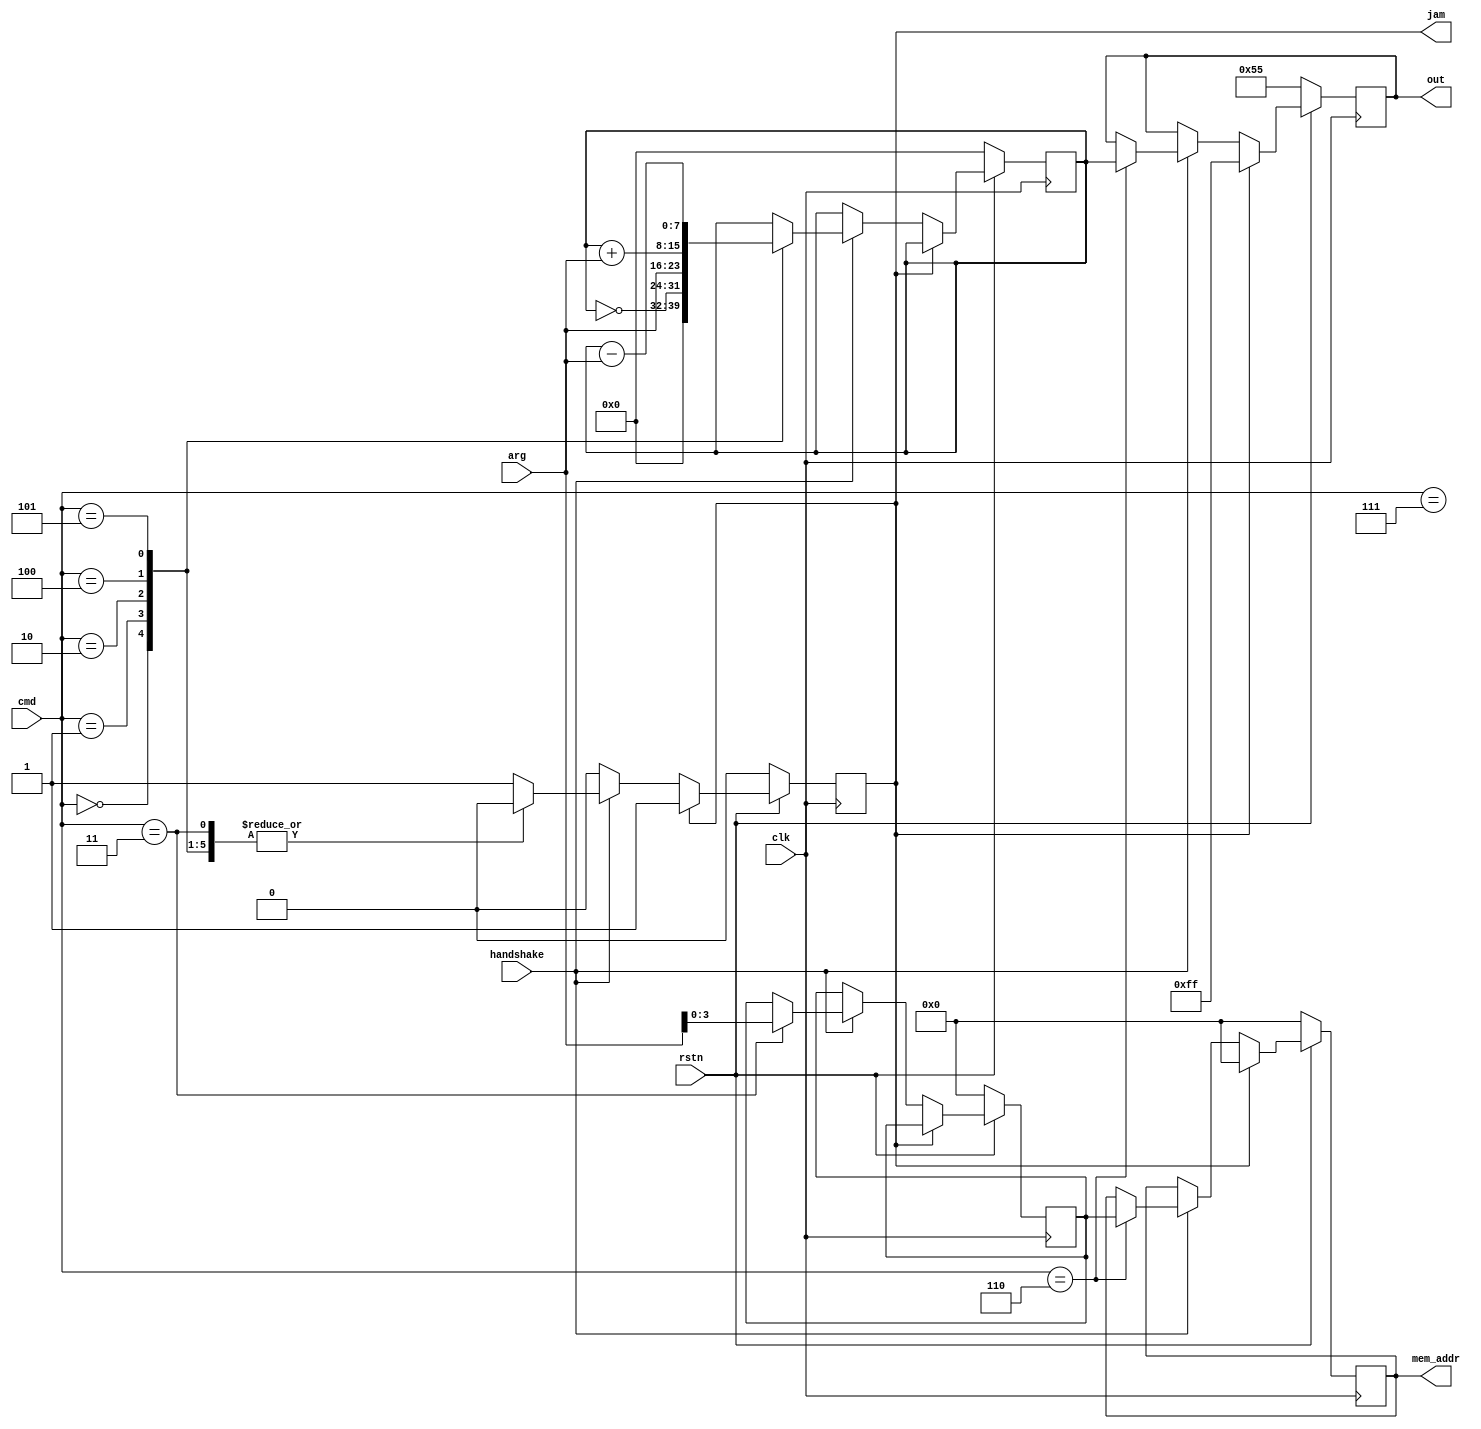

module supercomputer (
    input wire clk,
    input wire rstn,
    input wire handshake,
    input wire [7:0] cmd,
    input wire [7:0] arg,
    output reg [3:0] mem_addr,
    output reg [7:0] out,
    output reg jam
);

    reg [7:0] reg_A;
    reg [3:0] pointer;

always @ (posedge clk)
    if (!rstn) begin
        // resets CPU
        out <= 8'b01_01_01_01;
        mem_addr <= 0;
        reg_A <= 0;
        pointer <= 0;
        jam <= 0;
    end
    else if (jam) begin
        // blocks CPU
        out <= 8'b11_11_11_11;
        mem_addr <= 0;
    end else if (!handshake) begin
        /* NOP */
    end
    else begin
        case (cmd)
            // A := 0
            8'h00: reg_A <= 0;
            // A := !A
            8'h01: reg_A <= ~reg_A;
            // A := arg
            8'h02: reg_A <= arg;
            // pointer := arg & $0F
            8'h03: pointer <= arg[3:0];
            // A := A + arg
            8'h04: reg_A <= reg_A + arg;
            // A := A - arg
            8'h05: reg_A <= reg_A - arg;
            // store A
            8'h06: begin mem_addr <= pointer; out <= reg_A; end
            8'h07: begin /* NOP */ end
            default: jam <= 1;
        endcase
    end
endmodule